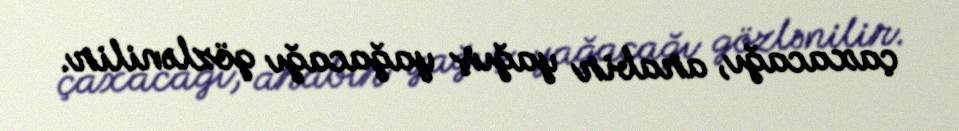
çaxacağı, arabir yağış yağacağı gözlənilir.